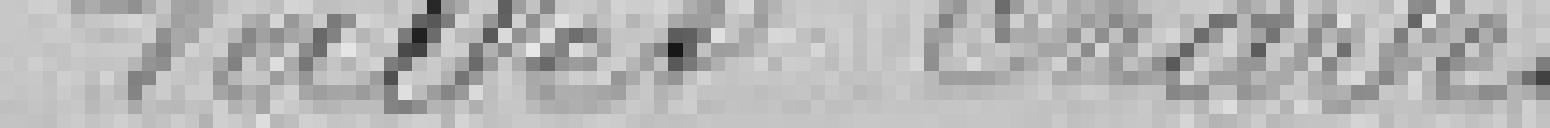
Vallet Charles